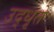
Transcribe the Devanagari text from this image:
उद्‌धृते